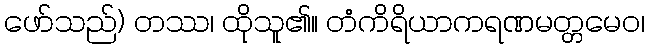
ဖော်သည်) တဿ၊ ထိုသူ၏။ တံကိရိယာကရဏမတ္တမေဝ၊